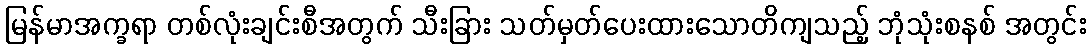
မြန်မာအက္ခရာ တစ်လုံးချင်းစီအတွက် သီးခြား သတ်မှတ်ပေးထားသောတိကျသည့် ဘုံသုံးစနစ် အတွင်း